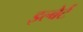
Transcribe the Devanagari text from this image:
इल्बेर्ट